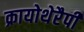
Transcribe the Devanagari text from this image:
क्रायोथेरैपी